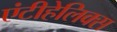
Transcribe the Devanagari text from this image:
एंटीहेलिक्स